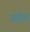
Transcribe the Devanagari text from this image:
जरीन